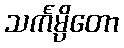
သင်္ကမ္ပိတော